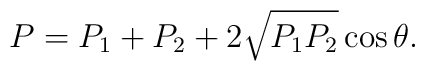
P=P_1+P_2+2\sqrt{P_1P_2}\cos\theta.